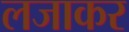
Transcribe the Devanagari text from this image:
लजाकर